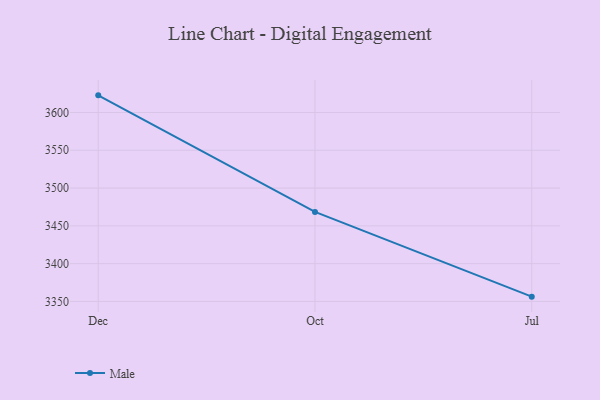
{"axis": {"x": "Month", "y": "Inventory Turnover"}, "legend": ["Male"], "data": [{"x": "Dec", "y": 3622.7, "type": "Male"}, {"x": "Oct", "y": 3468.4, "type": "Male"}, {"x": "Jul", "y": 3356.3, "type": "Male"}]}